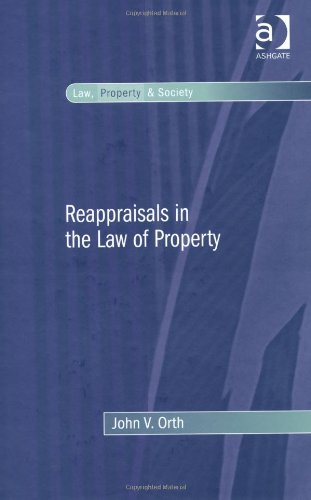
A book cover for Reappraisals in the Law of Property (Law, Property and Society); John V. Orth; Business & Money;